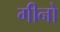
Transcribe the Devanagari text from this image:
गीनो